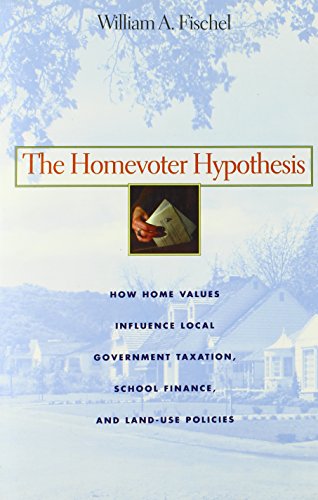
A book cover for The Homevoter Hypothesis: How Home Values Influence Local Government Taxation, School Finance, and Land-Use Policies; William A. Fischel; Law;